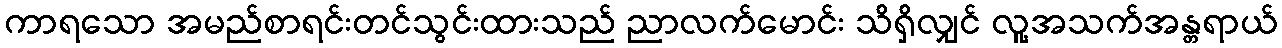
ကာရသော အမည်စာရင်းတင်သွင်းထားသည် ညာလက်မောင်း သိရှိလျှင် လူ့အသက်အန္တရာယ်